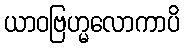
ယာဝဗြဟ္မလောကာပိ